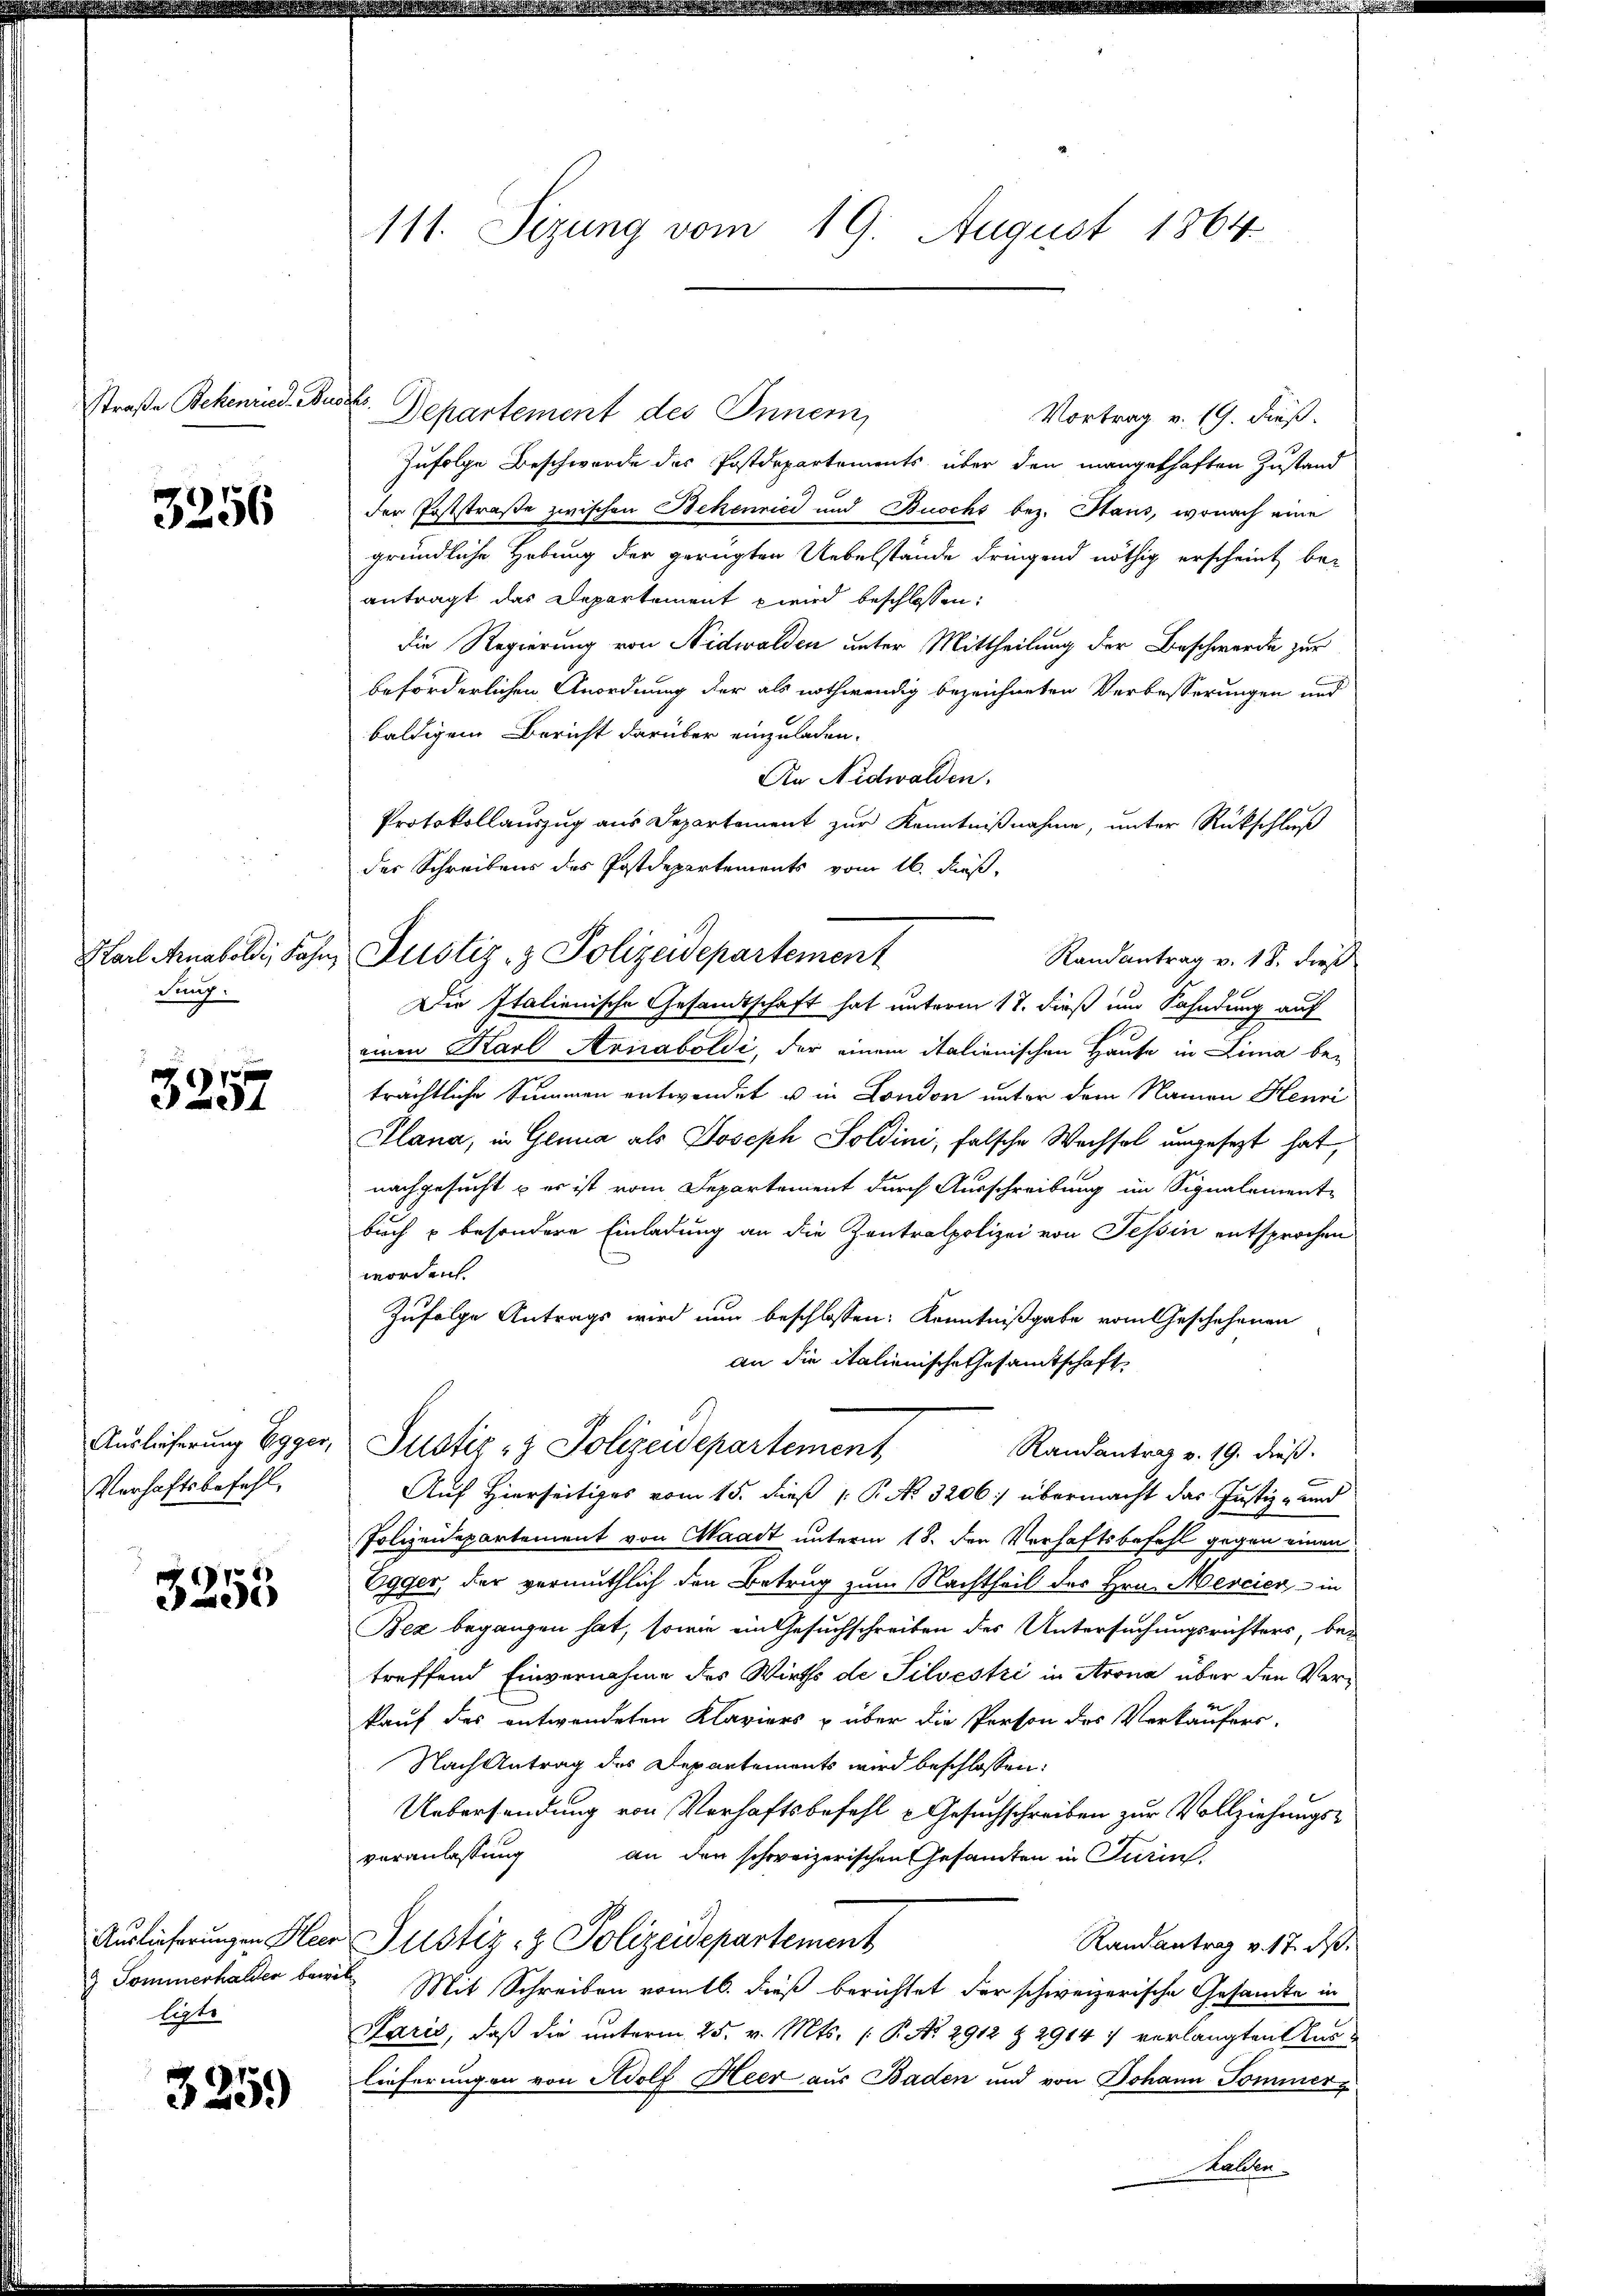
straße Bekenried. Au

3256

Karl Arnaboldi, Fahn
Fung.

3257

Auslieferung Egger,
Verhaftsbefehl

49
e

Auslieferungen Heer
J. Tominerhalden bei
liste

3259

111. Sizung vom 19. August 1864

s
Departement des Innern,
Vortrag v. 19. dieß.
Zufolge Beschwerde des Postdepartements über den mangelhaften Zustand
der Poststraße zwischen Bekenried und Buochs bez. Haus, wonach eine
gründliche Hebung der gerügten Uebelstände dringend nöthig erscheint beantragt das Departement wird beschlossen:
Die Regierung von Nidwalden unter Mittheilung der Beschwerde zur
beförderlichen Anordnung der als nothwendig bezeichneten Verbesserungen und
baldigem Bericht darüber einzuladen.
An Nidwalden.
Protokollauszug aus Departement zur Kenntnißnahme, unter Rückschluß
der Schreibens des Postdepartements vom 16. Fuß.
Justiz- & Polizeidepartement
Randantrag v. 18. dies
Die Italienische Gesandtschaft hat unterm 17. dieß um Fahndung auf
einen Karl Aviaboldi, der einem italienischen Hause in Lina be-
trächtliche Summen entwendet u in London unter dem Namen Henri
Plana, in Genua als Joseph Soldini, falsche Wechsel ungesezt hat,
nachgesucht u er ist vom Departement durch Ausschreibung im Signalement-
buch u besondere Einladung an die Zentralpolizei von Tessin entsprochen
worden
Zufolge Antrags wird nun beschlossen: Kenntnißgabe vom Geschehenen
an die italienische Gesamtschaft
Justiz- & Polizeidepartement
Randantrat v. 19. dieß.
Auf Hierseitiges vom 15. dieß P. No. 3206. übermacht das Justiz- und
Polizeidepartement von Waadt unterm 18. den Verhaftsbefehl gegen einen
Egger, der vermuthlich den Betrug zum Nachtheil des Hrn. Mercier in
Bez begangen hat, sowie ein Gesuchschreiben des Untersuchungsrichters be-
treffend Einvernahme des Wirths de Silvestri in Arona über den Verkauf des entwendeten Klaviers & über die Person des Verkäufers-
Nach Antrag des Departements wird beschlossen:
Uebersendung von Verhaftsbefehl - Gesuchschreiben zur Vollziehungs-
veranlassung an den schweizerischen Gesamten in Turin
Justiz- & Polizeidepartement
Randantrag v. 17. d.
Mit Schreiben vom 16. dieß berichtet der schweizerische Gesamte in
Paris, daß die unterm 25. v. Mts. (: P. Nr. 2912 Z 2914 7 verlangten Auslieferungen von Adolf Heer aus Baden und von Johann Sommer z
halden